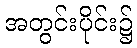
အတွင်းပိုင်း၌